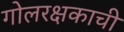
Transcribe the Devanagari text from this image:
गोलरक्षकाची